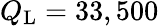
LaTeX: Q_{\mathrm{L}}=33,500